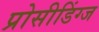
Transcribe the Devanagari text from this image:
प्रोसीडिंग्ज